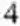
4